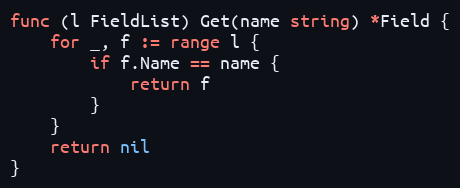
Language: Go
func (l FieldList) Get(name string) *Field {
	for _, f := range l {
		if f.Name == name {
			return f
		}
	}
	return nil
}